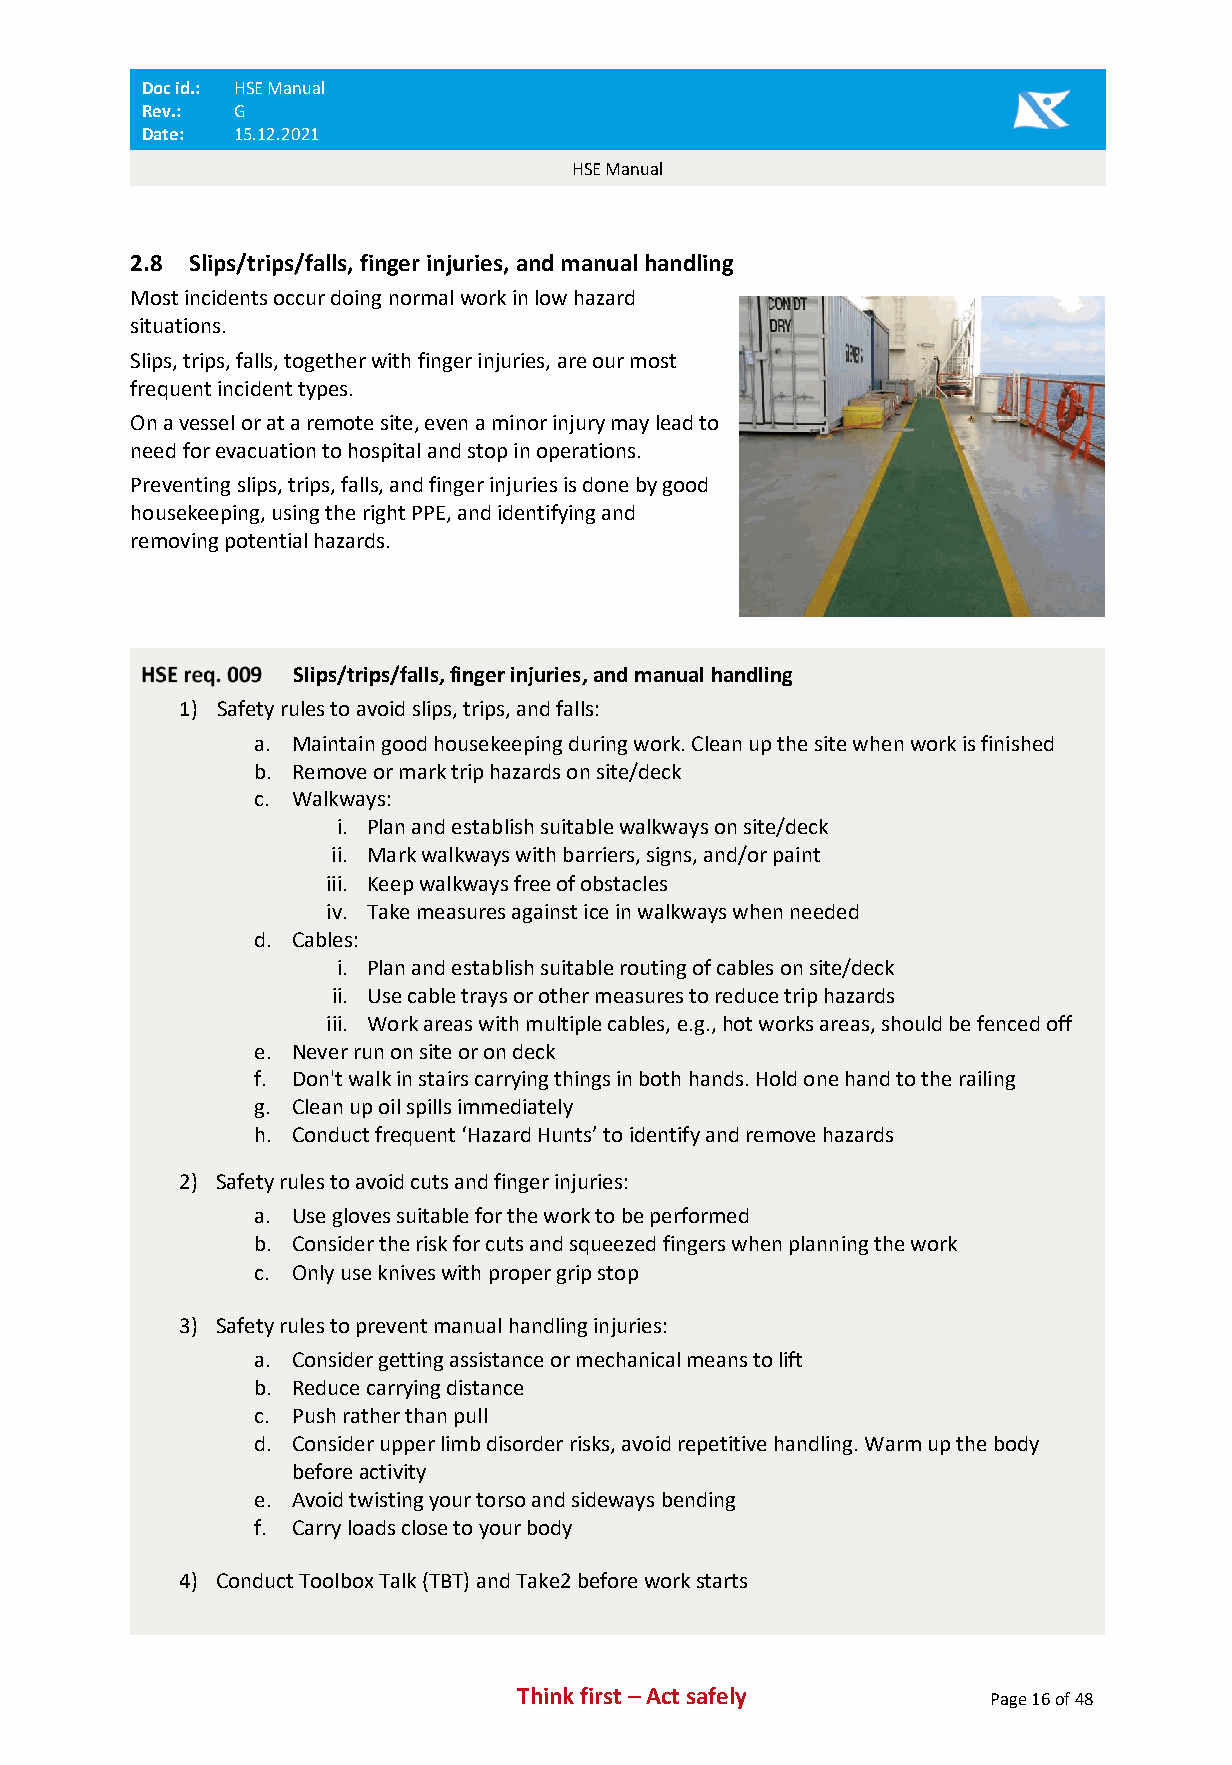
Doc id.: HSE Manual
 Rev.: G
 Date: 15.12.2021
 HSE Manual
 2.8 Slips/trips/falls, finger injuries, and manual handling
 Most incidents occur doing normal work in low hazard
 situations.
 Slips, trips, falls, together with finger injuries, are our most
 frequent incident types.
 On a vessel or at a remote site, even a minor injury may lead to
 need for evacuation to hospital and stop in operations.
 Preventing slips, trips, falls, and finger injuries is done by good
 housekeeping, using the right PPE, and identifying and
 removing potential hazards.
 Slips/trips/falls, finger injuries, and manual handling
 1) Safety rules to avoid slips, trips, and falls:
 a. Maintain good housekeeping during work. Clean up the site when work is finished
 b. Remove or mark trip hazards on site/deck
 c. Walkways:
 i. Plan and establish suitable walkways on site/deck
 ii. Mark walkways with barriers, signs, and/or paint
 iii. Keep walkways free of obstacles
 iv. Take measures against ice in walkways when needed
 d. Cables:
 i. Plan and establish suitable routing of cables on site/deck
 ii. Use cable trays or other measures to reduce trip hazards
 iii. Work areas with multiple cables, e.g., hot works areas, should be fenced off
 e. Never run on site or on deck
 f. Don't walk in stairs carrying things in both hands. Hold one hand to the railing
 g. Clean up oil spills immediately
 h. Conduct frequent ‘Hazard Hunts’ to identify and remove hazards
 2) Safety rules to avoid cuts and finger injuries:
 a. Use gloves suitable for the work to be performed
 b. Consider the risk for cuts and squeezed fingers when planning the work
 c. Only use knives with proper grip stop
 3) Safety rules to prevent manual handling injuries:
 a. Consider getting assistance or mechanical means to lift
 b. Reduce carrying distance
 c. Push rather than pull
 d. Consider upper limb disorder risks, avoid repetitive handling. Warm up the body
 before activity
 e. Avoid twisting your torso and sideways bending
 f. Carry loads close to your body
 4) Conduct Toolbox Talk (TBT) and Take2 before work starts
 Think first – Act safely       Page 16 of 48